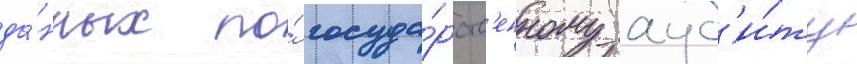
да́нных по́ госуда́рств'енному ауд'и́ту